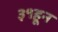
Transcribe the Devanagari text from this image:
३१हून